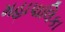
મહાપાલિકા